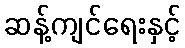
ဆန့်ကျင်ရေးနှင့်